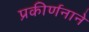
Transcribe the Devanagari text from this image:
प्रकीर्णनाने